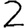
Digit: 2